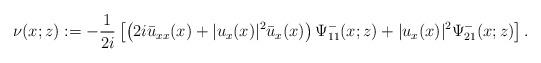
LaTeX: \begin{align*}\nu(x ;z):=-\frac{1}{2i}\left[\left(2 i \bar{u}_{xx}(x)+|u_x(x)|^2 \bar{u}_x(x)\right)\Psi^-_{11}(x;z)+|u_x(x)|^2 \Psi^-_{21}(x ; z)\right].\end{align*}